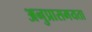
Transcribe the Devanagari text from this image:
अनुप्रासमयता